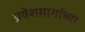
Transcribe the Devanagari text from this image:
प्रवेशमार्गाच्या